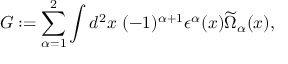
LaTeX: G : = \sum _ { \alpha = 1 } ^ { 2 } \int d ^ { 2 } x ~ ( - 1 ) ^ { \alpha + 1 } \epsilon ^ { \alpha } ( x ) \widetilde \Omega _ { \alpha } ( x ) ,